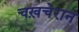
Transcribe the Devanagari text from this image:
चख़चेरान